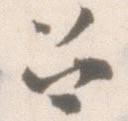
召